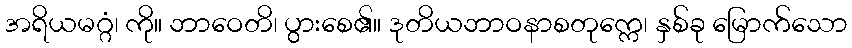
အရိယမဂ္ဂံ၊ ကို။ ဘာဝေတိ၊ ပွားစေ၏။ ဒုတိယဘာဝနာစတုက္ကေ၊ နှစ်ခု မြောက်သော